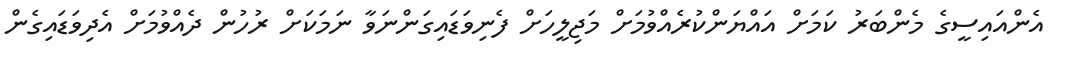
އެންއައިސީގެ މެންބަރު ކަމަށް އައްޔަންކުރެއްވުމަށް މަޖިލީހަށް ފެނިވަޑައިގަންނަވާ ނަމަކަށް ރުހުން ދެއްވުމަށް އެދިވަޑައިގެން